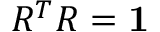
R ^ { T } R = { \bf 1 }